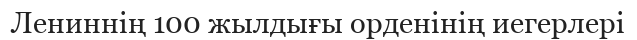
Лениннің 100 жылдығы орденінің иегерлері